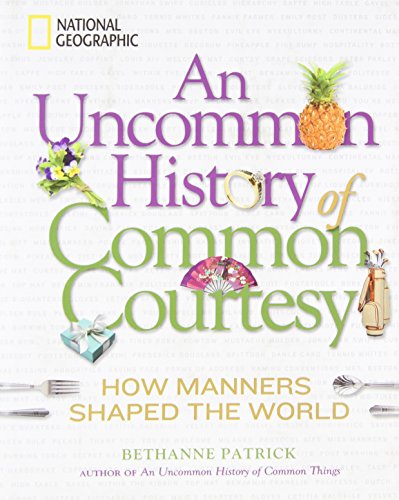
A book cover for An Uncommon History of Common Courtesy: How Manners Shaped the World; Bethanne Patrick; Reference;